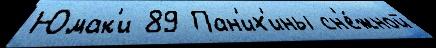
Юмак'и 89 Пан'их'ины сн'е́жной